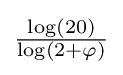
\textstyle {\frac {\log(20)}{\log(2+\varphi )}}